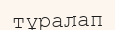
тұралап